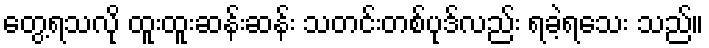
တွေ့ရသလို ထူးထူးဆန်းဆန်း သတင်းတစ်ပုဒ်လည်း ရခဲ့ရသေး သည်။